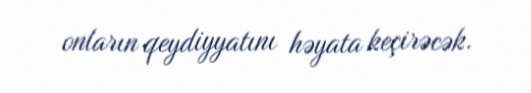
onların qeydiyyatını həyata keçirəcək.